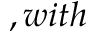
, w i t h